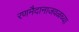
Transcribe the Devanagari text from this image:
रणमैदानाजवळच्या